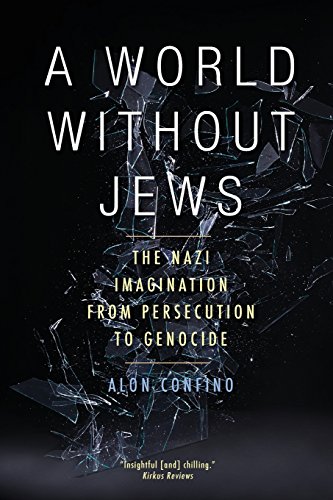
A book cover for A World Without Jews: The Nazi Imagination from Persecution to Genocide; Alon Confino; Religion & Spirituality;